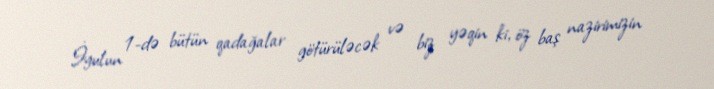
İyulun 1-də bütün qadağalar götürüləcək və biz yəqin ki, öz baş nazirimizin